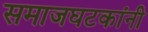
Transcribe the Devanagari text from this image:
समाजघटकांनी